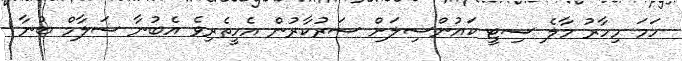
ހަމަ މިހާރު މާލެ ސިޓީ ކައުންސިލަށް ސަރުކާރުން އެހީތެރިވެ އެބުނާ ސަލާމް ބުނާ